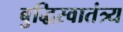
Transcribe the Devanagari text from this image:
बुद्धिस्वातंत्र्य